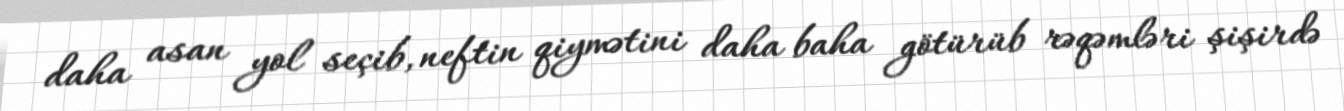
daha asan yol seçib, neftin qiymətini daha baha götürüb rəqəmləri şişirdə